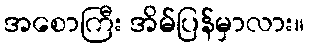
အစောကြီး အိမ်ပြန်မှာလား။